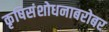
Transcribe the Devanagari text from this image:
कृषिसंशोधनाबरोबर